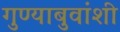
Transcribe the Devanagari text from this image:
गुण्याबुवांशी